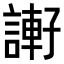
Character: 𧫂